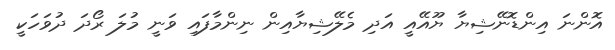
އޮންނަ އިންޑޮނޭޝިޔާ ޔޫއޭއީ އަދި މެލޭޝިޔާއިން ނިންމާފައި ވަނީ މުލަ ރޯދަ ދުވަހަކީ